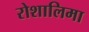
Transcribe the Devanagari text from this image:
रोशालिमा